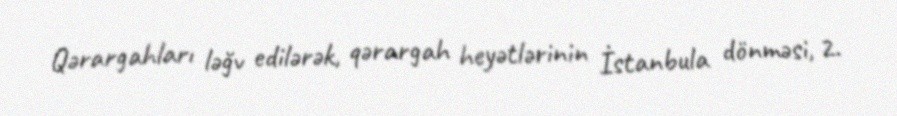
Qərargahları ləğv edilərək, qərargah heyətlərinin İstanbula dönməsi, 2.